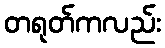
တရုတ်ကလည်း